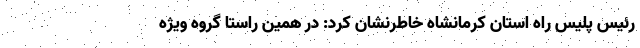
رئیس پلیس راه استان کرمانشاه خاطرنشان کرد: در همین راستا گروه ویژه